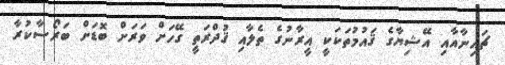
ޗައިނާއާއި އޭޝިޔާގެ ޤައުމުތަކަކީ އީރާނުގެ ތެލާއި ޤުދްރަތީ ގޭހަށް ވަރަށް ބޮޑަށް ބަރޯސާކުރާ